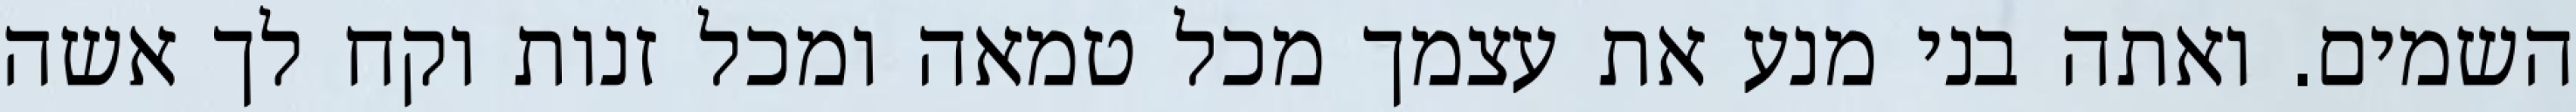
השמים. ואתה בני מנע את עצמך מכל טמאה ומכל זנות וקח לך אשה